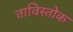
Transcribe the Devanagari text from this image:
ताविस्तोक